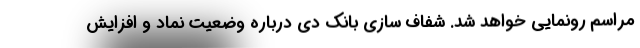
مراسم رونمایی خواهد شد. شفاف سازی بانک دی درباره وضعیت نماد و افزایش